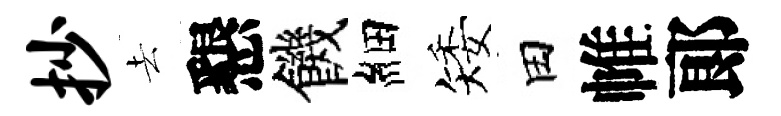
抄去懇饑細矮田帷郞